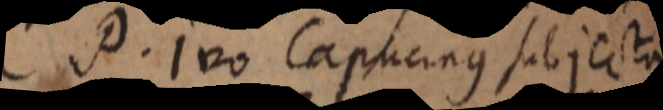
P. Ivo Capucinus subjecta